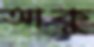
আকু